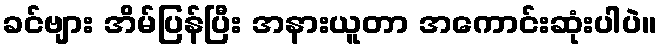
ခင်ဗျား အိမ်ပြန်ပြီး အနားယူတာ အကောင်းဆုံးပါပဲ။